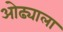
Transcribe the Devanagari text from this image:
ओढ्याला